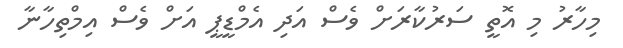
މިހާރު މި އޮތީ ސަރުކާރަށް ވެސް އަދި އެމްޑީޕީ އަށް ވެސް އިމްތިހާނާ